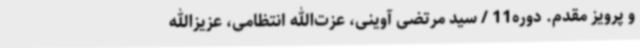
و پرویز مقدم. دوره11 / سید مرتضی آوینی، عزت‌الله انتظامی، عزیزالله